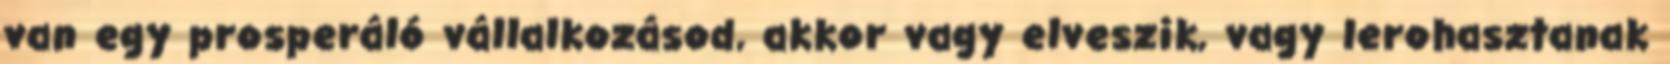
van egy prosperáló vállalkozásod, akkor vagy elveszik, vagy lerohasztanak